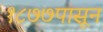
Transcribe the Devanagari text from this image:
१८७७पासून